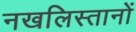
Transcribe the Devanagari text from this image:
नखलिस्तानों